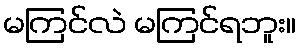
မကြင်လဲ မကြင်ရဘူး။